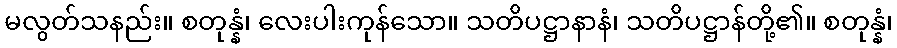
မလွတ်သနည်း။ စတုန္နံ၊ လေးပါးကုန်သော။ သတိပဋ္ဌာနာနံ၊ သတိပဋ္ဌာန်တို့၏။ စတုန္နံ၊